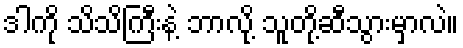
ဒါကို သိသိကြီးနဲ့ ဘာလို့ သူတို့ဆီသွားမှာလဲ။